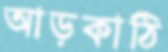
আড়কাঠি